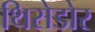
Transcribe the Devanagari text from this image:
थिरोडोर